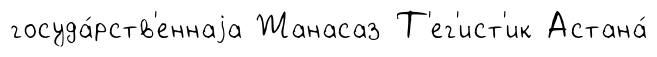
госуда́рств'еннаjа Жанасаз Т'ег'ист'ик Астана́